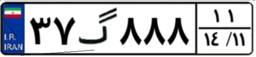
۳۷گ۸۸۸۱۱